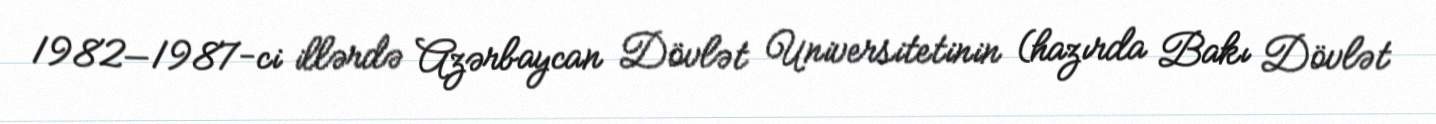
1982—1987-ci illərdə Azərbaycan Dövlət Universitetinin (hazırda Bakı Dövlət